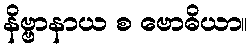
နိဗ္ဗာနာယ စ ဗောဓိယာ။